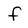
Character: f